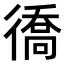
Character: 𢕪